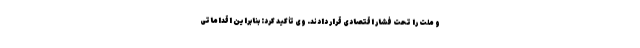
و ملت را تحت فشار اقتصادی قرار دادند. وی تأکید کرد: بنابراین اقداماتی